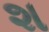
શ